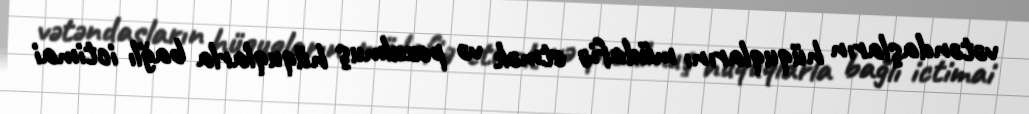
vətəndaşların hüquqlarını müdafiə etmək və pozulmuş hüquqlarla bağlı ictimai